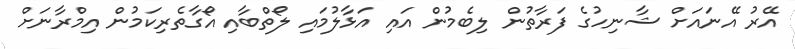
އޭރު އޭނައަށް ޝާނިހުގެ ފަރާތުން ލިބެމުން އައި އަޅާލުމައި ލޯތްބާއި އޯގާތެރިކަމުން އިމްރާނަށް